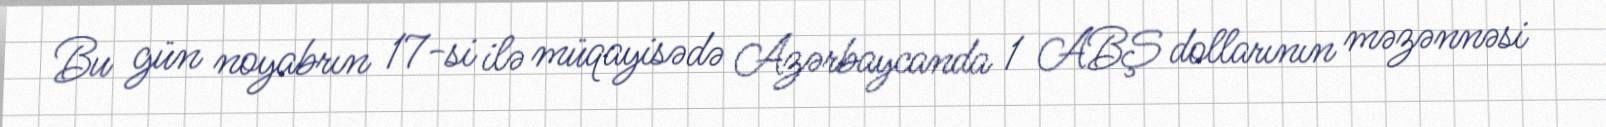
Bu gün noyabrın 17-si ilə müqayisədə Azərbaycanda 1 ABŞ dollarının məzənnəsi